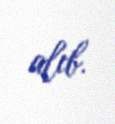
alıb.